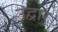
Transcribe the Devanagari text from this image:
उद्वार